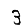
Digit: 3